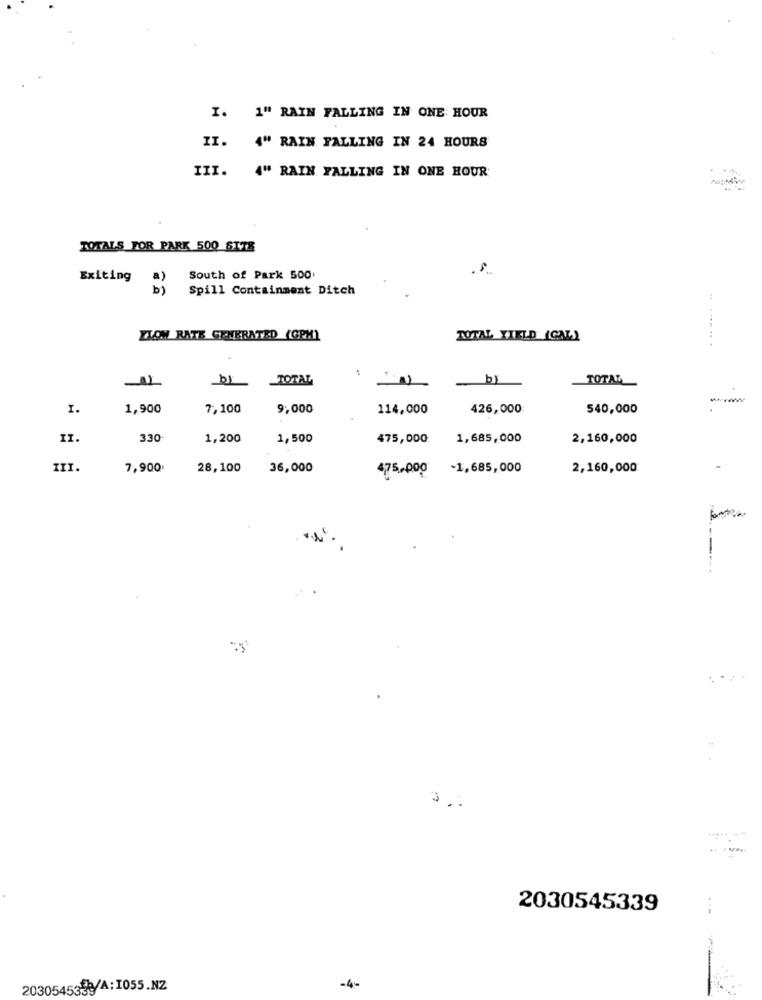
I. 1" RAIN FALLING IN ONE HOUR
II.
4" RAIN FALLING IN 24 HOURS
III.
4" RAIN FALLING IN ONE HOUR
TOTALS FOR PARK 500 SITE
Exiting a)
South of Park 500
b)
Spill Containment Ditch
ZIOM RATE GENERATED (GPM)
TOTAL YIELD (GAL)
.........
.
TOTAL
TOTAL
-www
I.
1,900
7,100
9,000
114,000
426,000:
540,000
II.
330
1,200
1,500
475,000
1,685,000
2,160,000
III.
7,900
28,100
36,000
475,000 -1,685,000
2,160,000
2030545339
2030545333/A:1055.NZ
-4-